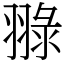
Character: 䎑